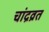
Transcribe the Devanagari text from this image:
चांद्रव्रत